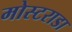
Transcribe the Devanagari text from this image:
मोस्टराडा